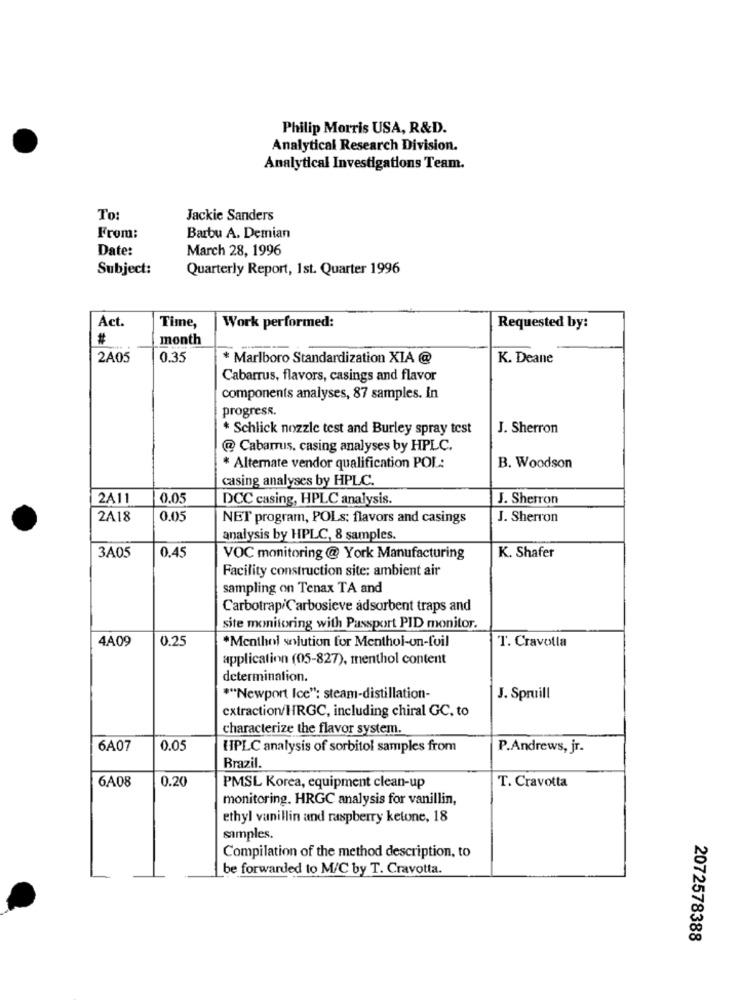
Philip Morris USA, R&D.
Analytical Research Division.
Analytical Investigations Team.
To:
Jackie Sanders
From:
Barbu A. Demian
Date:
March 28, 1996
Subject:
Quarterly Report, Ist. Quarter 1996
Act.
Time,
Work performed:
Requested by:
#
month
2A05
0.35
* Marlboro Standardization XIA @
K. Deane
Cabarrus, flavors, casings and flavor
components analyses, 87 samples. In
progress.
* Schlick nozzle test and Burley spray test
J. Sherron
@ Cabarrus. casing analyses by HPLC.
* Alternate vendor qualification POL:
B. Woodson
casing analyses by HPLC.
2A11
0.05
DCC casing, HPLC analysis.
J. Shetron
2A18
0.05
NET program, POLs: flavors and casings
J. Sherron
analysis by HPLC, 8 samples.
K. Shafer
3A05
0.45
VOC monitoring @ York Manufacturing
Facility construction site: ambient air
sampling on Tenax TA and
Carbotrap/Carbosieve adsorbent traps and
site monitoring with Passport PID monitor.
4A09
0.25
T. Cravotla
*Menthol solution for Menthol-on-foil
application (05-827), menthol content
determination.
""Newport Ice": steam-distillation-
J. Spruill
extraction/HRGC, including chiral GC. to
characterize the flavor system.
6A07
0.05
HPLC analysis of sorbitol samples from
P.Andrews, jr.
Brazil.
6A08
0.20
T. Cravotta
PMSL Korea, equipment clean-up
monitoring. HRGC analysis for vanillin,
ethyl vanillin and raspberry ketone, 18
samples.
Compilation of the method description, to
be forwarded to M/C by T. Cravotta.
2072578388